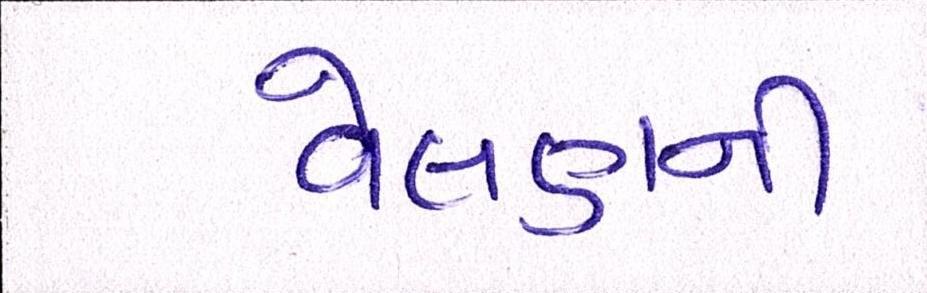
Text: વેલણની